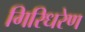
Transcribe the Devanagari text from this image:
गिरिधरेण